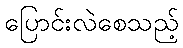
ပြောင်းလဲစေသည့်